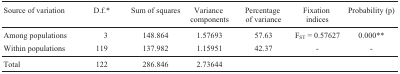
<table><thead><tr><td><b>Source of variation</b></td><td><b>D.f.*</b></td><td><b>Sum of squares</b></td><td><b>Variancecomponents</b></td><td><b>Percentageof variance</b></td><td><b>Fixationindices</b></td><td><b>Probability (p)</b></td></tr></thead><tbody><tr><td>Among populations</td><td>3</td><td>148.864</td><td>1.57693</td><td>57.63</td><td>F<sub>ST</sub> = 0.57627</td><td>0.000**</td></tr><tr><td>Within populations</td><td>119</td><td>137.982</td><td>1.15951</td><td>42.37</td><td>-</td><td>-</td></tr><tr><td>Total</td><td>122</td><td>286.846</td><td>2.73644</td><td></td><td></td><td></td></tr></tbody></table>